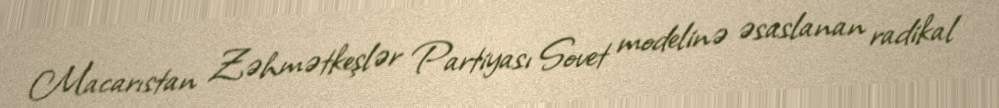
Macarıstan Zəhmətkeşlər Partiyası Sovet modelinə əsaslanan radikal